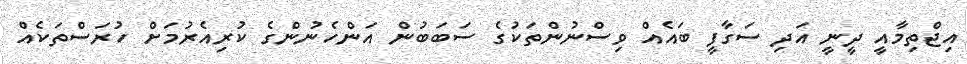
އިޖްތިމާއީ ދީނީ އަދި ސަގާފީ ބައެއް ވިސްނުންތަކުގެ ސަބަބުން އަންހެނުންގެ ކުރިއެރުމަށް ހުރަސްތަކެއް